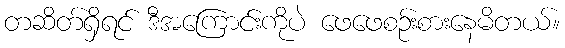
တဆိတ်ရှိရင် ဒီအကြောင်းကိုပဲ ဖေဖေစဉ်းစားနေမိတယ်။